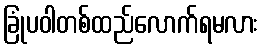
ခြုံပဝါတစ်ထည်လောက်ရမလား